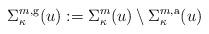
LaTeX: \begin{align*}\Sigma_{\kappa}^{m,{\rm g}}(u) := \Sigma_{\kappa}^{m}(u) \setminus \Sigma_{\kappa}^{m,{\rm a}}(u)\end{align*}